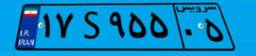
۱۷S۹۵۵۰۵